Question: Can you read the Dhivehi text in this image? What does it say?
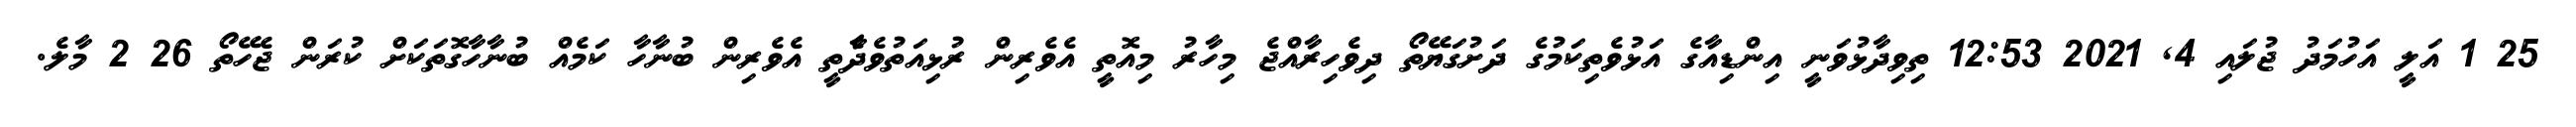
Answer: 25 1 އަލީ އަހުމަދު ޖުލައި 4, 2021 12:53 ތިވިދާޅުވަނީ އިންޑިއާގެ އަޅުވެތިކަމުގެ ދަށުގަޔޭތޯ ދިވެހިރާއްޖެ މިހާރު މިއޮތީ އެވެރިން ރުޅިއަތުވެދާެތީ އެވެރިން ބުނާހާ ކަމެއް ބުނާހާގޮތަކަށް ކުރަން ޖެހޭތޯ 26 2 މާލެ.